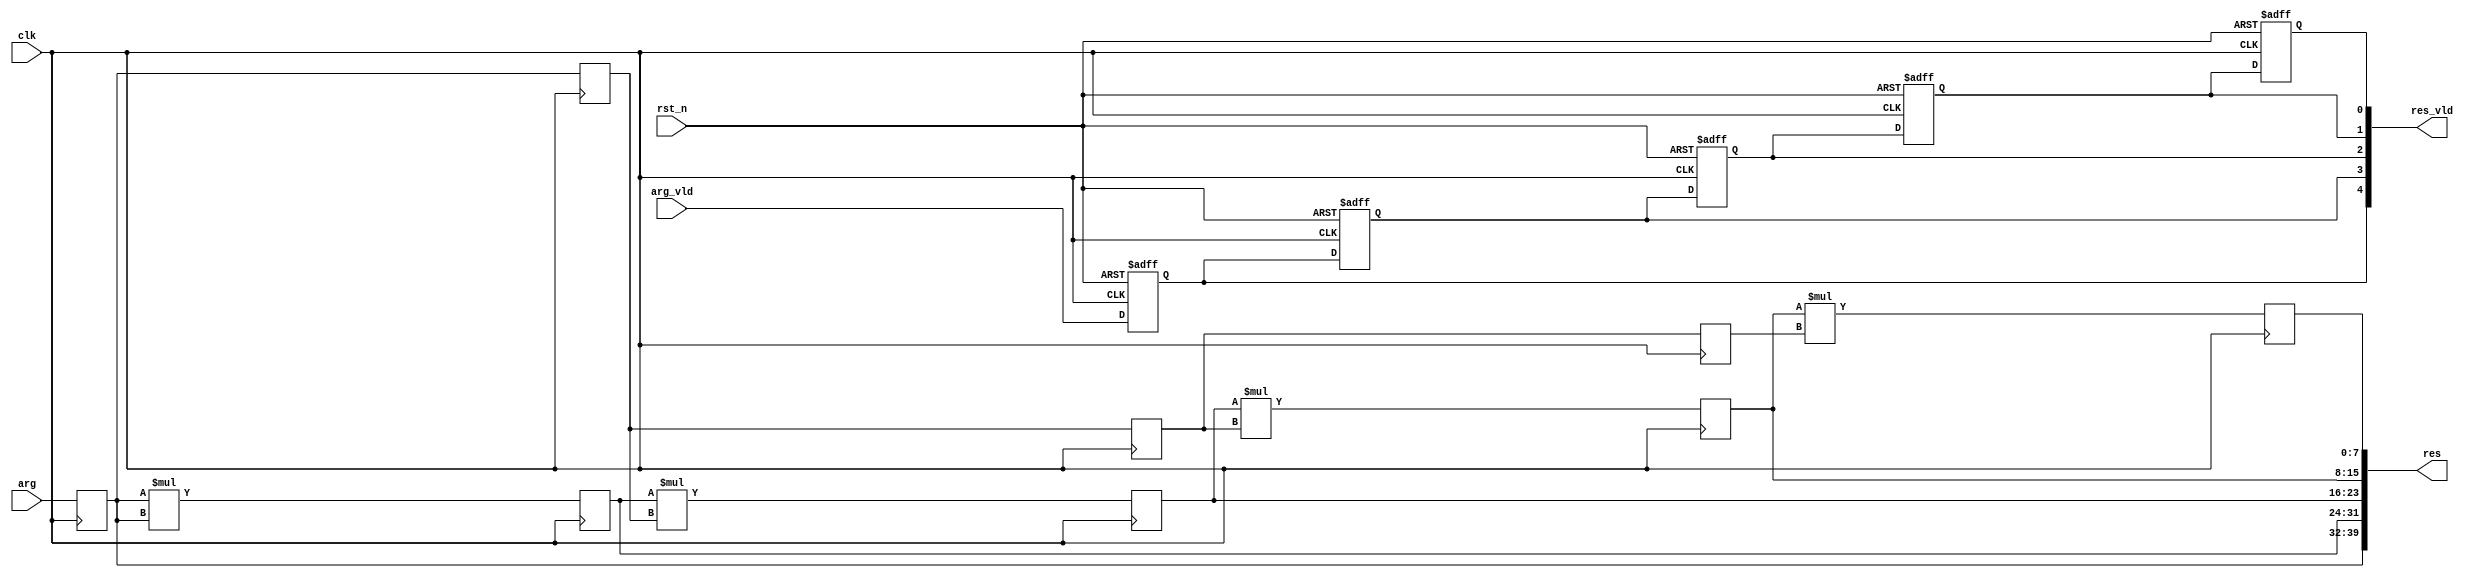
// This program was cloned from: https://github.com/RomeoMe5/DDLM
// License: MIT License

module pow_5_pipe_always
# (
    parameter w = 8
)
(
    input                clk,
    input                rst_n,
    input                arg_vld,
    input  [    w - 1:0] arg,
    output [        4:0] res_vld,
    output [5 * w - 1:0] res
);

    reg [w - 1:0] arg1, arg2, arg3, arg4;
    reg [w - 1:0] pow2, pow3, pow4, pow5;
    reg arg_vld_1, arg_vld_2, arg_vld_3, arg_vld_4, arg_vld_5;

    always @ (posedge clk or negedge rst_n)
        if (! rst_n)
        begin
            arg_vld_1 <= 1'b0;
            arg_vld_2 <= 1'b0;
            arg_vld_3 <= 1'b0;
            arg_vld_4 <= 1'b0;
            arg_vld_5 <= 1'b0;
        end
        else
        begin
            arg_vld_1 <= arg_vld;
            arg_vld_2 <= arg_vld_1;
            arg_vld_3 <= arg_vld_2;
            arg_vld_4 <= arg_vld_3;
            arg_vld_5 <= arg_vld_4;
        end

    always @ (posedge clk)
    begin
        arg1 <= arg;
        arg2 <= arg1;
        arg3 <= arg2;
        arg4 <= arg3;

        pow2 <= arg1 * arg1;
        pow3 <= pow2 * arg2;
        pow4 <= pow3 * arg3;
        pow5 <= pow4 * arg4;
    end

    assign res_vld = { arg_vld_1 , arg_vld_2 , arg_vld_3 , arg_vld_4 , arg_vld_5 };
    assign res     = { arg1      , pow2      , pow3      , pow4      , pow5      };

endmodule